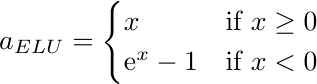
\begin{equation*}
a_{ELU} =
\begin{cases}
    x & \text{if }  x \geq 0 \\
    \text{e}^x-1 & \text{if }  x < 0
\end{cases}
\end{equation*}